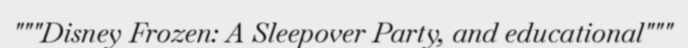
"""Disney Frozen: A Sleepover Party, and educational"""